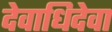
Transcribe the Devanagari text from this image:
देवाधिदेवा